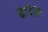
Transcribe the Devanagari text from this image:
केदिरि